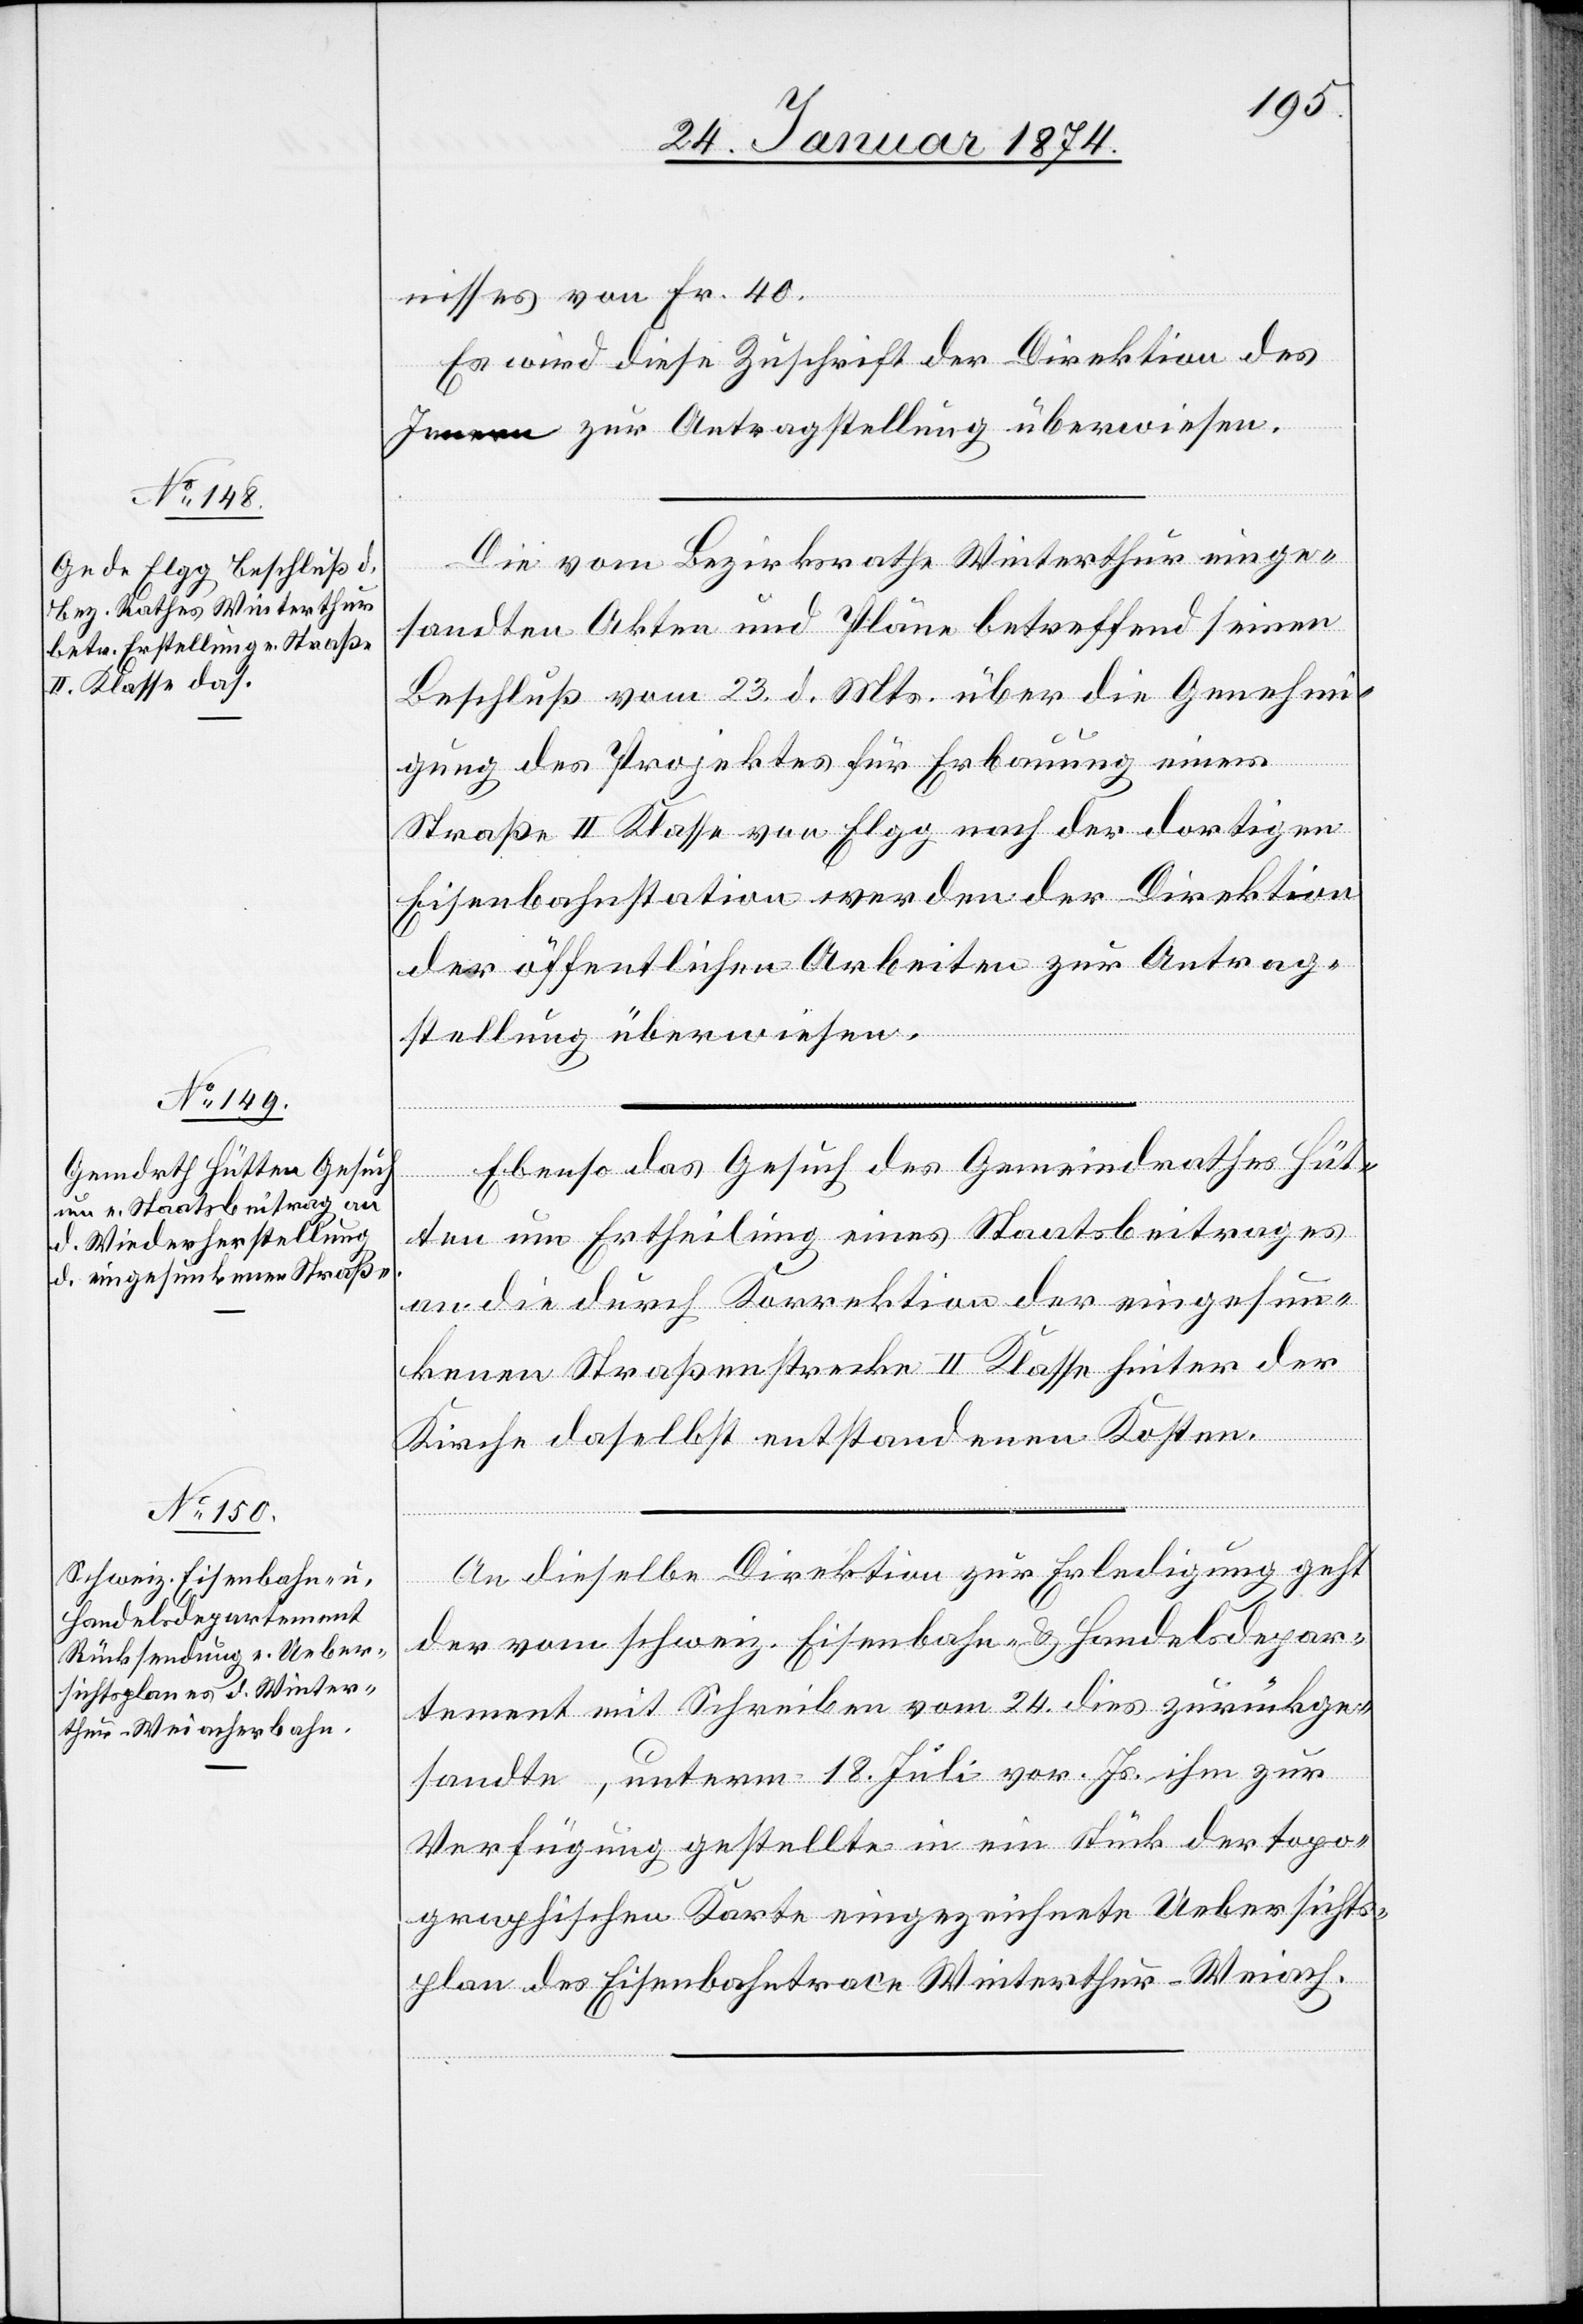
26. Januar 1874.]
nisses von Fr. 40.
Es wird diese Zuschrift der Direktion des
von
Innern zu Antragstellung überwiesen.
Die vom Bezirksrathe Winterthur einge¬
sandten Akten und Pläne betreffend seinen
Beschluß vom 23. d. Mts. über die Genehmi¬
gung des Projektes für Erbauung einer
Straße II Klasse von Elgg nach der dortigen
Eisenbahnstation werden der Direktion
der öffentlichen Arbeiten zur Antrag¬
stellung überwiesen.
Ebenso das Gesuch des Gemeindrathes Hüt¬
ten um Ertheilung eines Staatsbeitrages
an die durch Korrektion der eingesun¬
kenen Straßenstrecke II Klasse hinter der
Kirche daselbst entstandenen Kosten.
An dieselbe Direktion zur Erledigung geht
der vom schweiz. Eisenbahn- & Handelsdepar¬
tement mit Schreiben vom 24. dies zurückge¬
sandte, unterm 18. Juli vor. Js. ihm zur
Verfügung gestellte in ein Stück der topo¬
graphischen Karte eingezeichnete Uebersichts¬
plan der Eisenbahntrace Winterthur-Weiach.